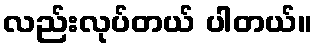
လည်းလုပ်တယ် ပါတယ်။